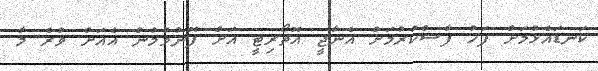
ކަނޑައެޅުމަށް ފަހު ފާސްކުރުމަށް އެނާޖީ އޮތޯރިޓީ އަށް ފޮނުވުމުން އެއަށް ވުރެ މާ